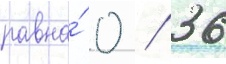
равна́ 0 / 36